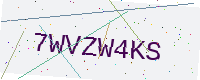
Text: 7WVZW4KS